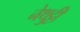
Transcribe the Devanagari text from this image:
नेथुट्टी